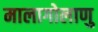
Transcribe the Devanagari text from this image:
मालागोलाणु